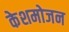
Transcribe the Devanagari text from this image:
केशमोजन